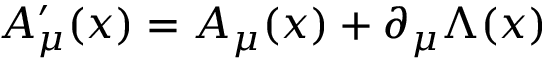
A _ { \mu } ^ { \prime } ( x ) = A _ { \mu } ( x ) + \partial _ { \mu } \Lambda ( x )